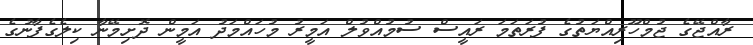
ރާއްޖޭގެ ޖުމްހޫރިއްޔަތުގެ ފުރަތަމަ ރައީސް ސުމުއްވުލް އަމީރު މުހައްމަދު އަމީން ދޮށިމޭނާ ކިލެގެފާނުގެ